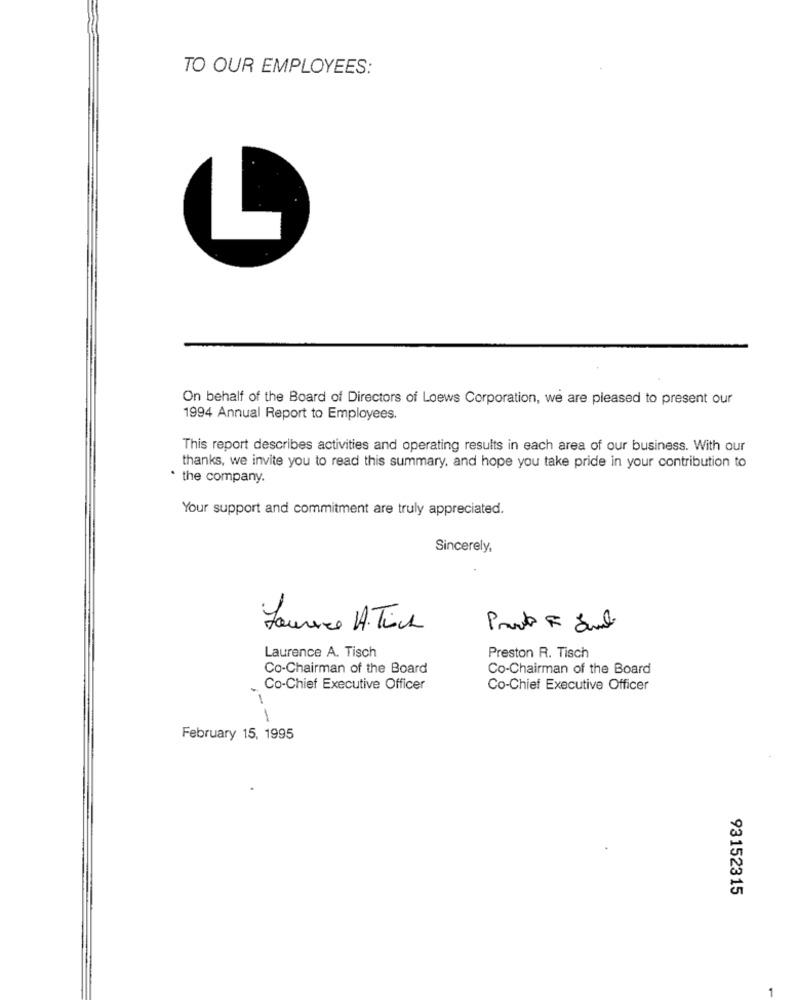
TO OUR EMPLOYEES:
L
On behalf of the Board of Directors of Loews Corporation, we are pleased to present our
1994 Annual Report to Employees.
This report describes activities and operating results in each area of our business. With our
thanks, we invite you to read this summary, and hope you take pride in your contribution to
. the company.
Your support and commitment are truly appreciated.
Sincerely,
Laurence A.Tica
Laurence A. Tisch
Preston R. Tisch
Co-Chairman of the Board
Co-Chairman of the Board
Co-Chief Executive Officer
Co-Chief Executive Officer
1
1
February 15, 1995
93152315